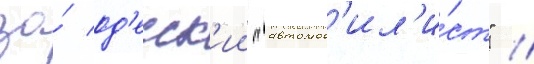
за́ од'есск'ии "автомоб'ил'и́ст" //